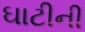
ઘાટીની